342_HS1-416511228_319.1 Flying Discs 1949
Agency: Department of War
Incident date: 1/9/50
Page 124
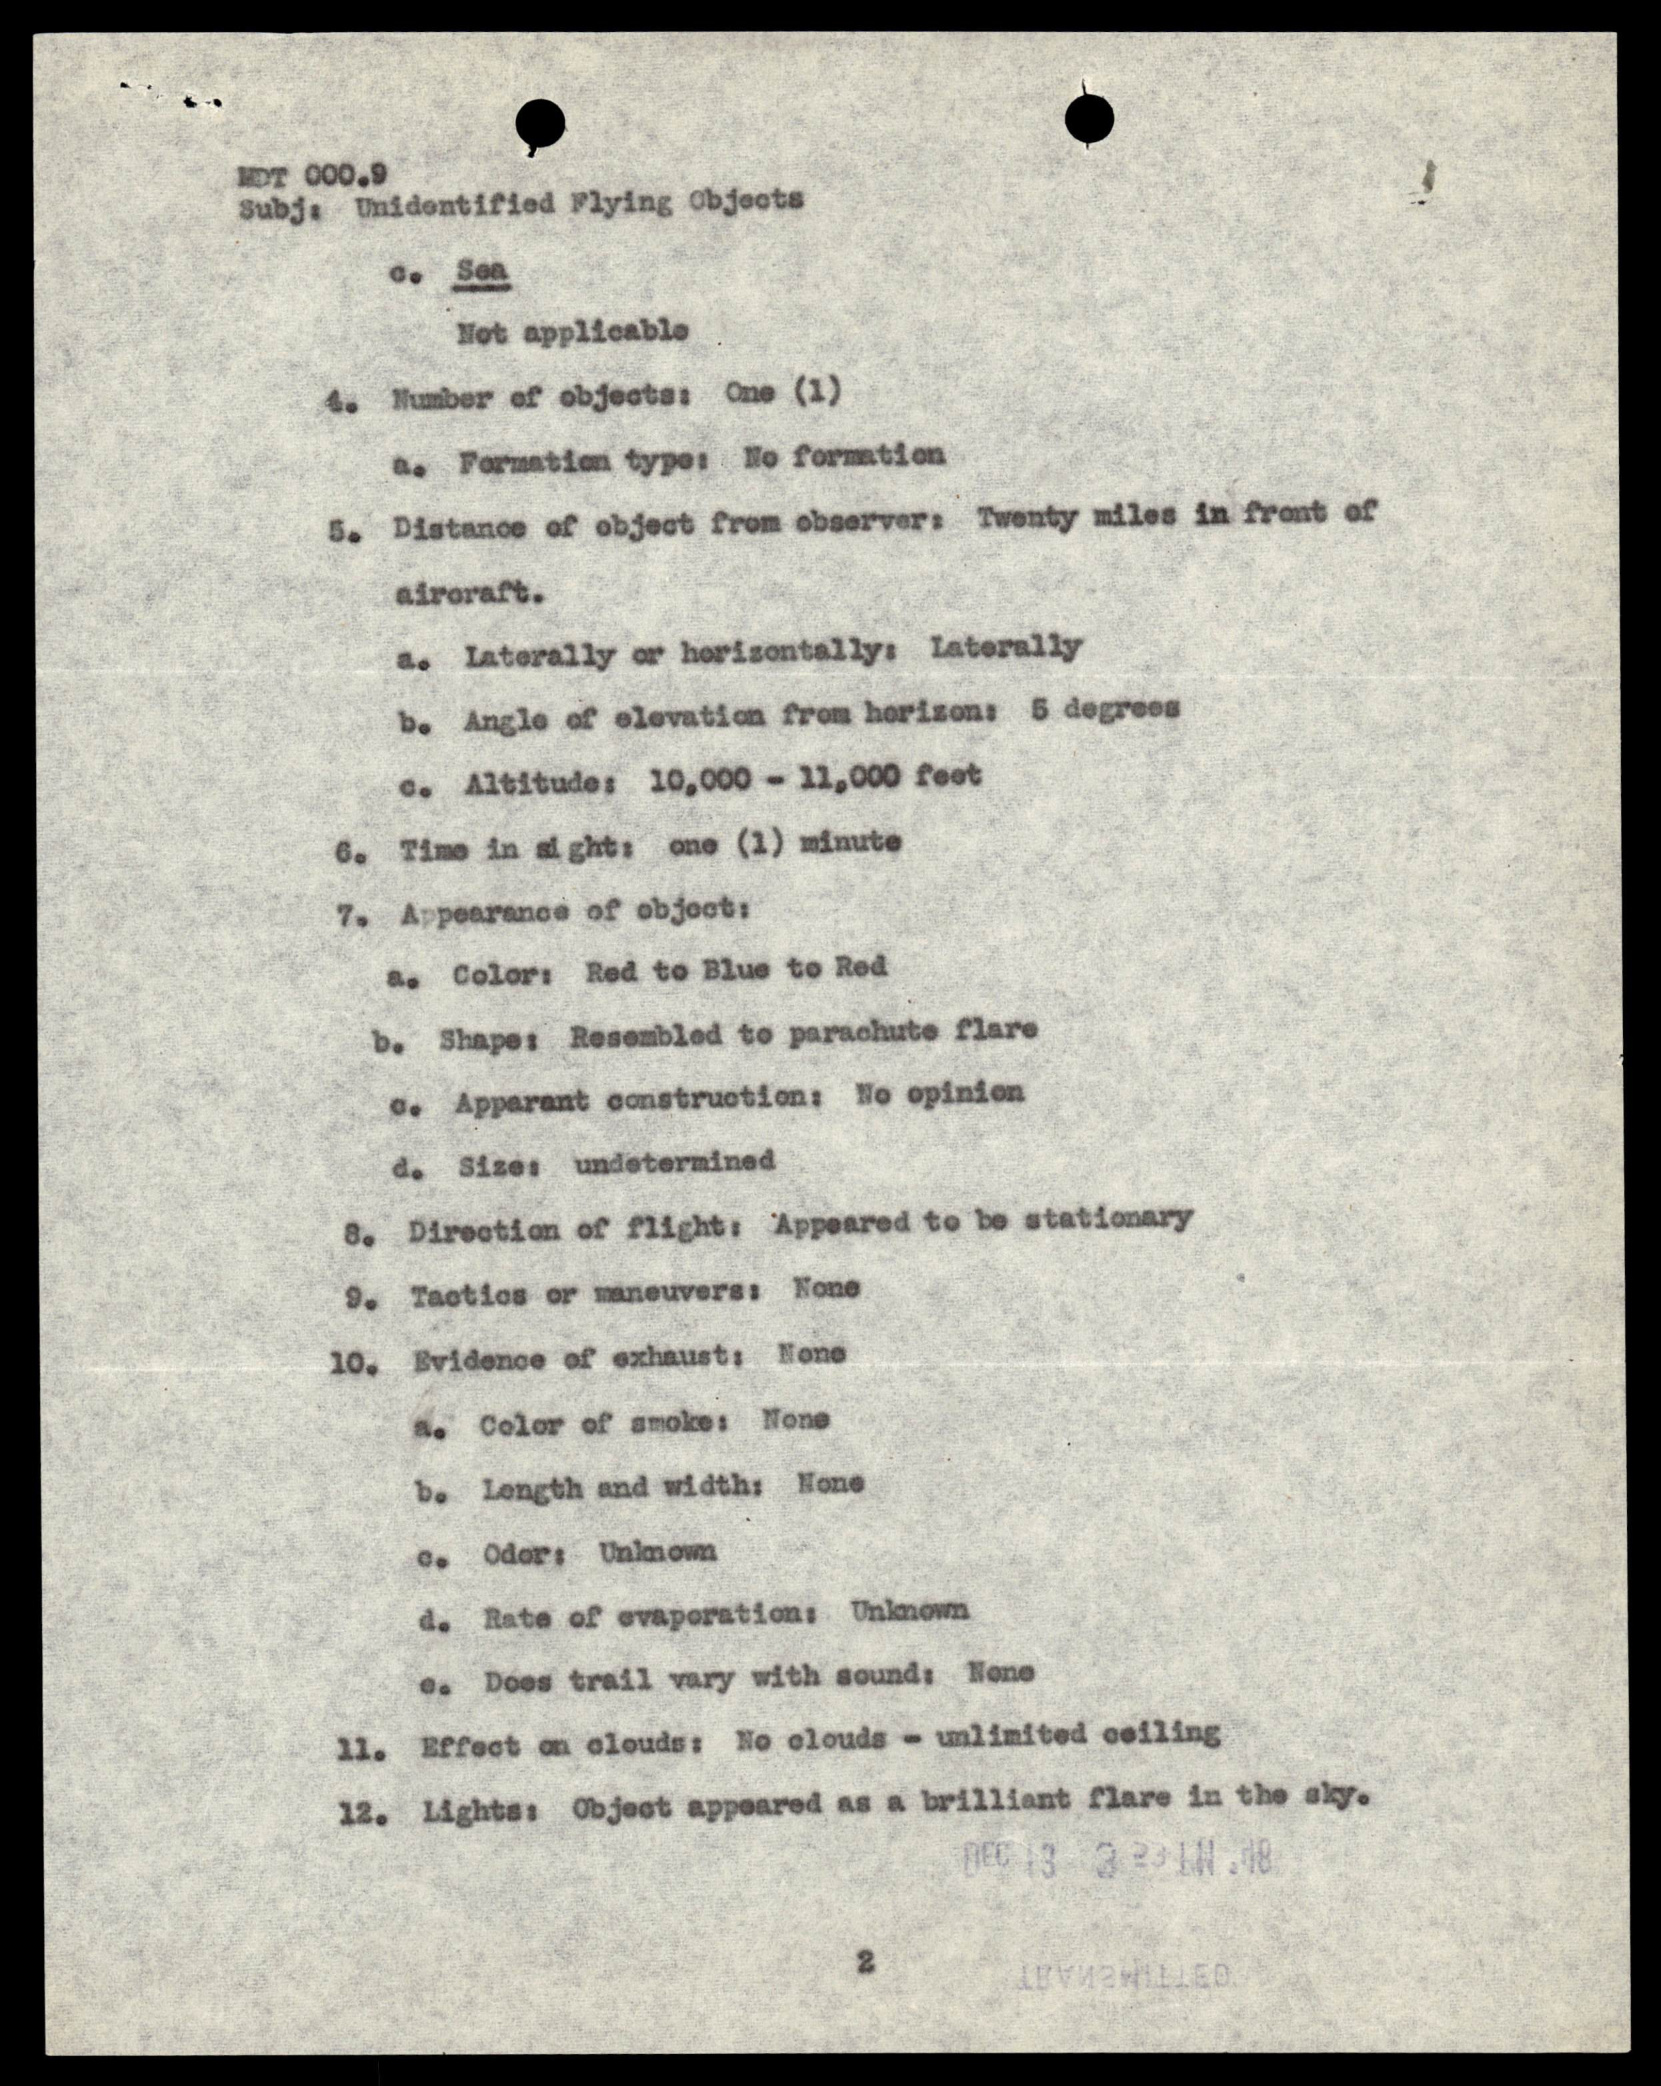